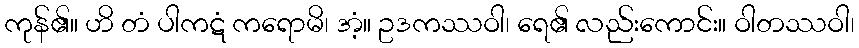
ကုန်၏။ ဟိ တံ ပါကဋံ ကရောမိ၊ အံ့။ ဥဒကဿဝါ၊ ရေ၏ လည်းကောင်း။ ဝါတဿဝါ၊